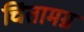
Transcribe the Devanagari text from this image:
चिंतामग्न